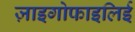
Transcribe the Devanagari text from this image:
ज़ाइगोफाइलिई